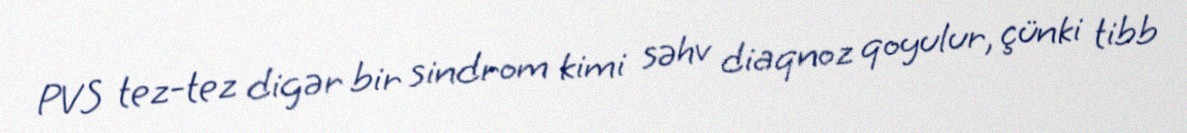
PVS tez-tez digər bir sindrom kimi səhv diaqnoz qoyulur, çünki tibb